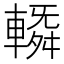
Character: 𨍼